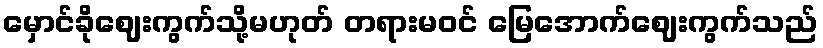
မှောင်ခိုဈေးကွက်သို့မဟုတ် တရားမဝင် မြေအောက်ဈေးကွက်သည်